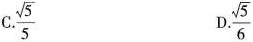
C. \frac{ \sqrt{5}}{5} D.\frac{ \sqrt{5}}{6}